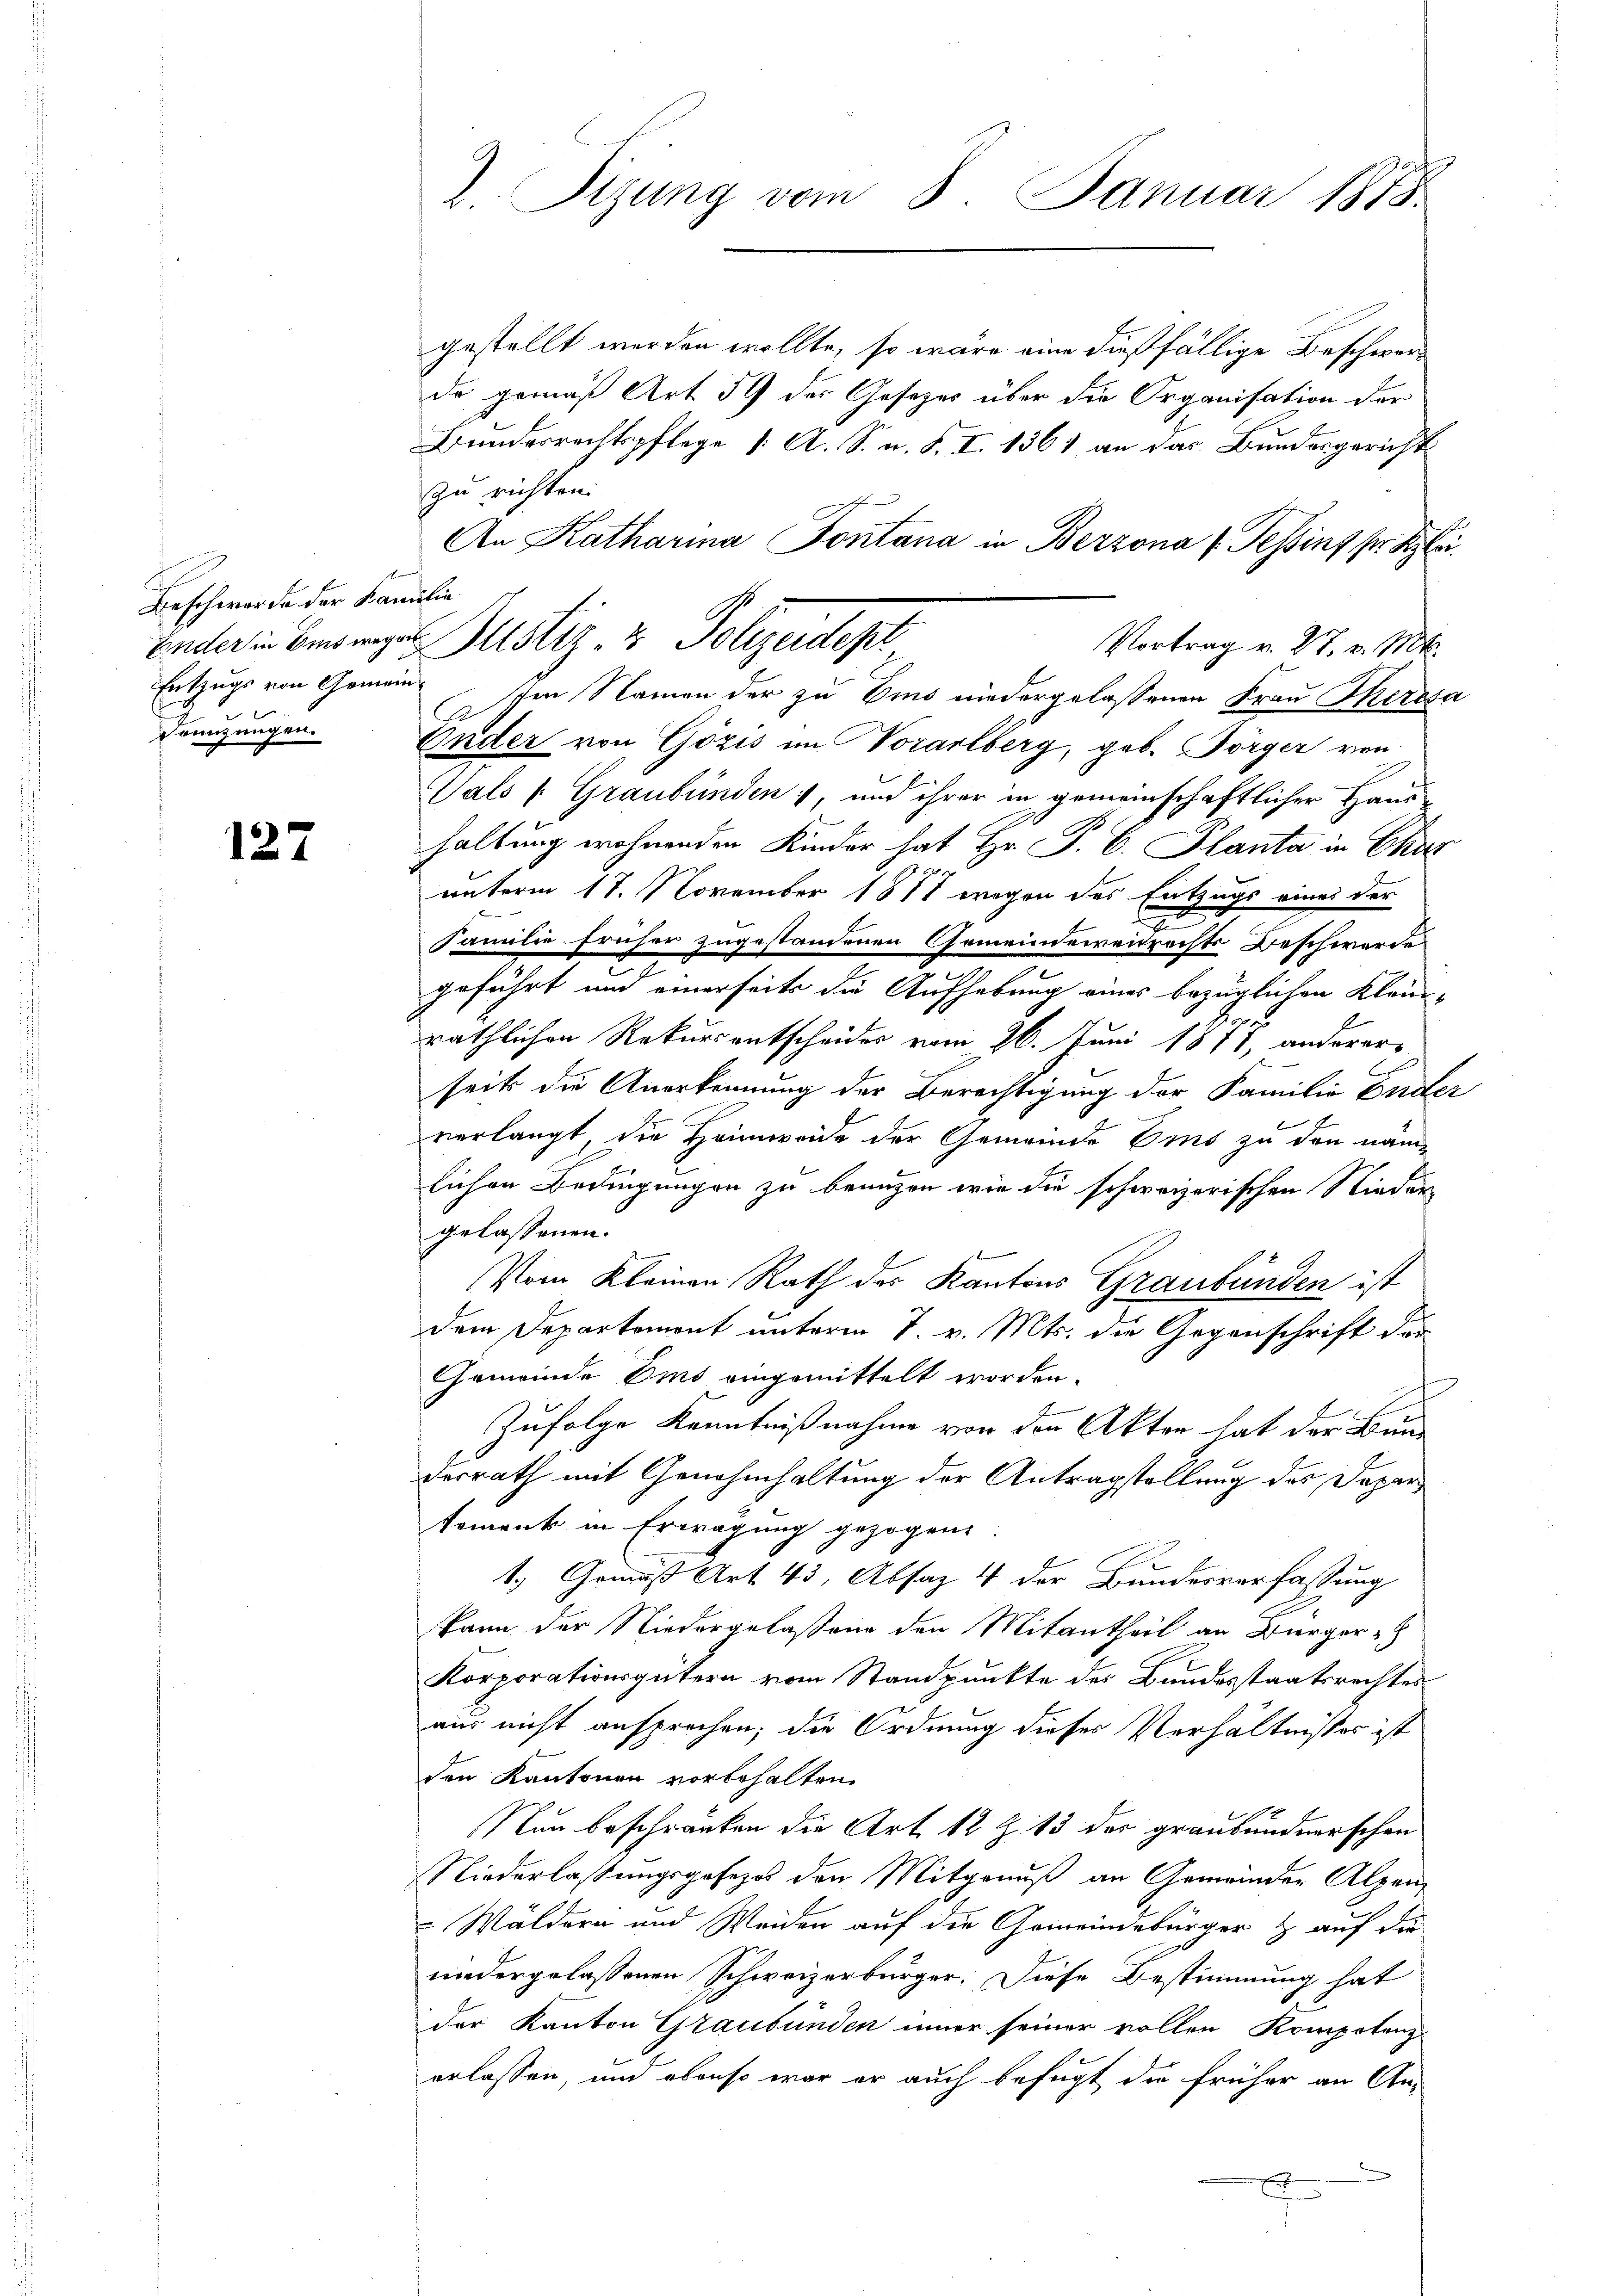
Beschwerde der Familie
Entzugs von Gemeindrünzungen.

127

gestellt werden wollte, so wäre eine dießfällige Beschwerde gemäß Art 59 der Gesetzes über die Organisation der
Bundesrechtspflege [ A. S. n. F. I. 1361 an das Bundesgericht
zu richten.
An Katharina Fontana in Berzona (Tessing pr. Klei
Vortrag v. 27. v. Mts.
Im Namen der zu Emo niedergelassenen Frau Theresa
Onder von Gözis im Vorarlberg, geb. Börger von
Tals 1 Graubünden und ihrer in gemeinschaftlicher Haus
haltung wohnenden Kinder hat Hr. P. C. Planta in Char
unterm 17. November 1871 wegen des Entzugs eines der
Familie früher zugestandenen Gemeindeweidrechts Beschwerde
geführt und einerseits die Aufhebung eines bezüglichen Klein-
e
räthlichen Rekursentscheides vom 26. Juni 1811, anderer-
seits die Anerkennung der Berechtigung der Familie Ender
verlangt, die Heimweide der Gemeinde Ems zu den nämlichen Bedingungen zu bringen wie die schweizerischen Nieder
gelassenen.
Vom Kleinen Rath der Kantons Graubünden ist
dem Departement unterm 7. v. Mts. die Gegenschrift dar
Gemeinde Emo eingemittelt worden.
Zufolge Kenntnißnahme von den Akten hat der Bun-
desrath mit Genehmhaltung der Antragstellung des Dapartement in Erwägung gezogene
t.) Gemäß Art. 43, Absaz 4 der Bundesverfassung
kann der Niedergelaßen den Mitantheil an Bürger-
Korporationsgütern vom Standpunkte des Bundesstaatsrechtes
aus nicht ansprechen; die Ordnung dieses Verhältnisses ist
den Kantonen vorbehalten.
Nun beschränken die Art. 12 Z. 13 des graubündnerschen
Niederlassungsgesezes den Mitgenuß an Gemeinder Alpen
Wäldern und Weiden auf die Gemeindebürger & auf die
niedergelassenen Schweizerbürger. Diese Bestimmung hat
der Kanton Graubünden inner seiner vollen Kompotenz
erlassen, und ebenso war er auch befugt die früher an An-
x

2. Sizung vom 8. Januar 1878.

Ender in bringes Justiz- & Polizeidept